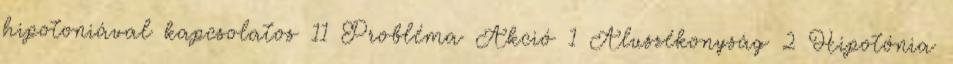
hipotoniával kapcsolatos 11 Probléma Akció 1 Aluszékonyság 2 Hipotónia